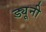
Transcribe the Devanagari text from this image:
ड्यूनी